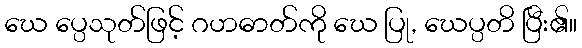
ဃေ ပ္ပေသုတ်ဖြင့် ဂဟဓာတ်ကို ဃေ ပြု, ဃေပ္ပတိ ပြီး၏။